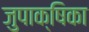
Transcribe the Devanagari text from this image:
जुपाक्षिका